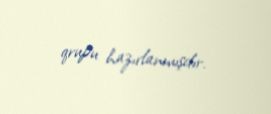
qrupu hazırlanmışdır.